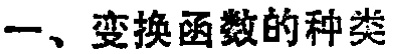
一、变换函数的种类